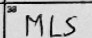
Transcription: MLS